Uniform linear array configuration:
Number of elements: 48
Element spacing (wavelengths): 0.5
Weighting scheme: binomial
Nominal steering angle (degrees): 30
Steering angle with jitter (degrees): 29.391
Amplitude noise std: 0.05
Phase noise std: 0.05

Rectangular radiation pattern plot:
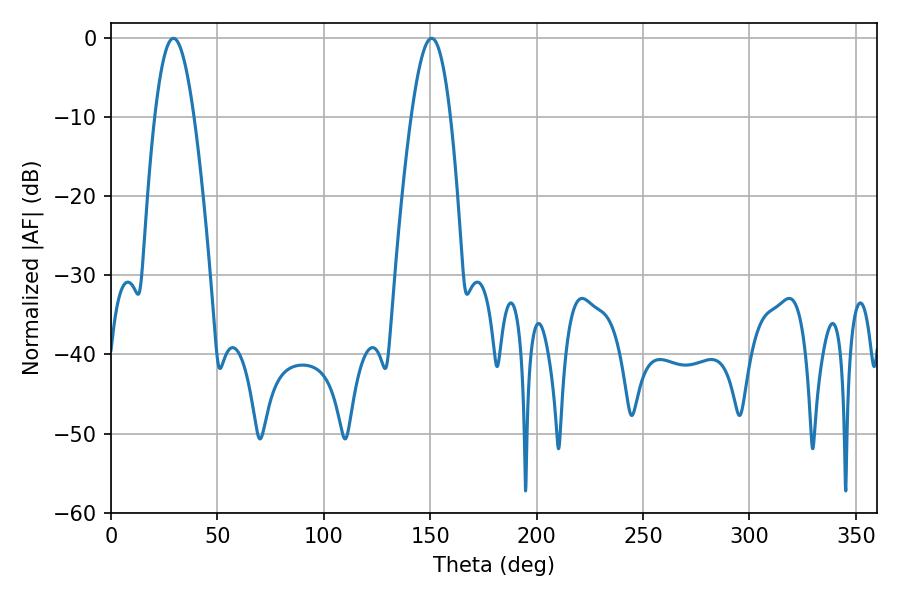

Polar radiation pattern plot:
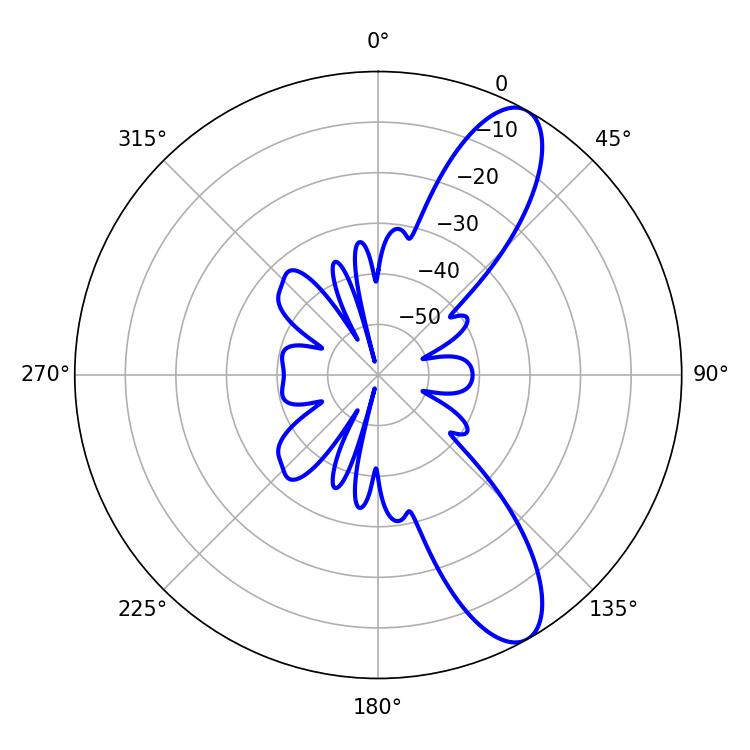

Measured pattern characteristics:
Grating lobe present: FALSE
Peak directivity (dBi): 10.319
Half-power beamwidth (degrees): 9.9
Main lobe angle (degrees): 29.34